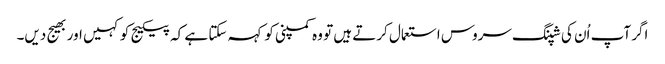
اگر آپ اُن کی شپنگ سروس استعمال کرتے ہیں تو وہ کمپنی کو کہہ سکتا ہے کہ پیکیج کو کہیں اور بھیج دیں۔